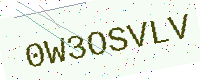
Text: 0W3OSVLV